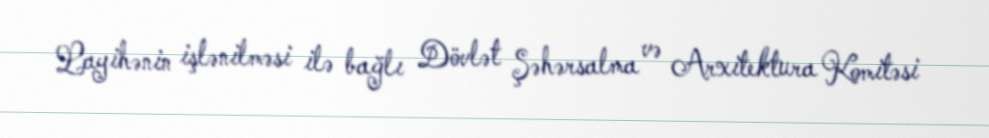
Layihənin işlənilməsi ilə bağlı Dövlət Şəhərsalma və Arxitektura Komitəsi